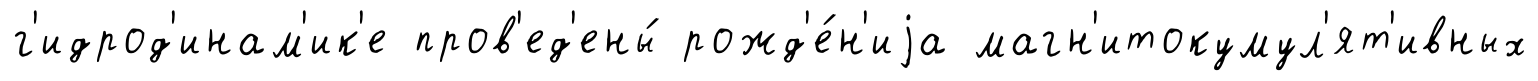
г'идрод'инам'ик'е пров'ед'ены́ рожд'е́н'иjа магн'итокумул'ят'ивных